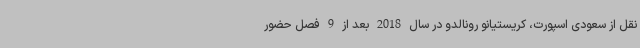
نقل از سعودی اسپورت، کریستیانو رونالدو در سال 2018 بعد از 9 فصل حضور